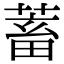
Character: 蓄